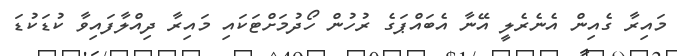
މައިރާ ގެއިން އެނެރެލީ އޭނާ އެބައްޕަގެ ރުހުން ހޯދުމަށްޓަކައި މައިރާ ދިއްލާފައިވާ ކުޑަކުޑަ